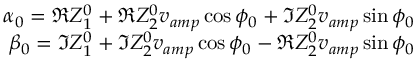
\begin{array} { r } { \alpha _ { 0 } = \Re Z _ { 1 } ^ { 0 } + \Re Z _ { 2 } ^ { 0 } v _ { a m p } \cos \phi _ { 0 } + \Im Z _ { 2 } ^ { 0 } v _ { a m p } \sin \phi _ { 0 } } \\ { \beta _ { 0 } = \Im Z _ { 1 } ^ { 0 } + \Im Z _ { 2 } ^ { 0 } v _ { a m p } \cos \phi _ { 0 } - \Re Z _ { 2 } ^ { 0 } v _ { a m p } \sin \phi _ { 0 } } \end{array}